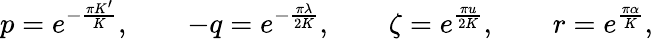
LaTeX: p=e^{-\frac{\pi K^{\prime}}{K}},\qquad-q=e^{-\frac{\pi\lambda}{2K}},\qquad\zeta=e^{\frac{\pi u}{2K}},\qquad r=e^{\frac{\pi\alpha}{K}},